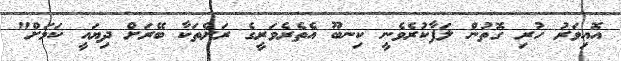
އޮއިވަރު ހުރި ގޮތުން ލަފާކުރެވެނީ ކިނބޫ އެތެރެވަރީގެ ރަށްތަކާ ބޭރަށް ދިޔައީ ކަމަށް"